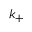
k _ { + }